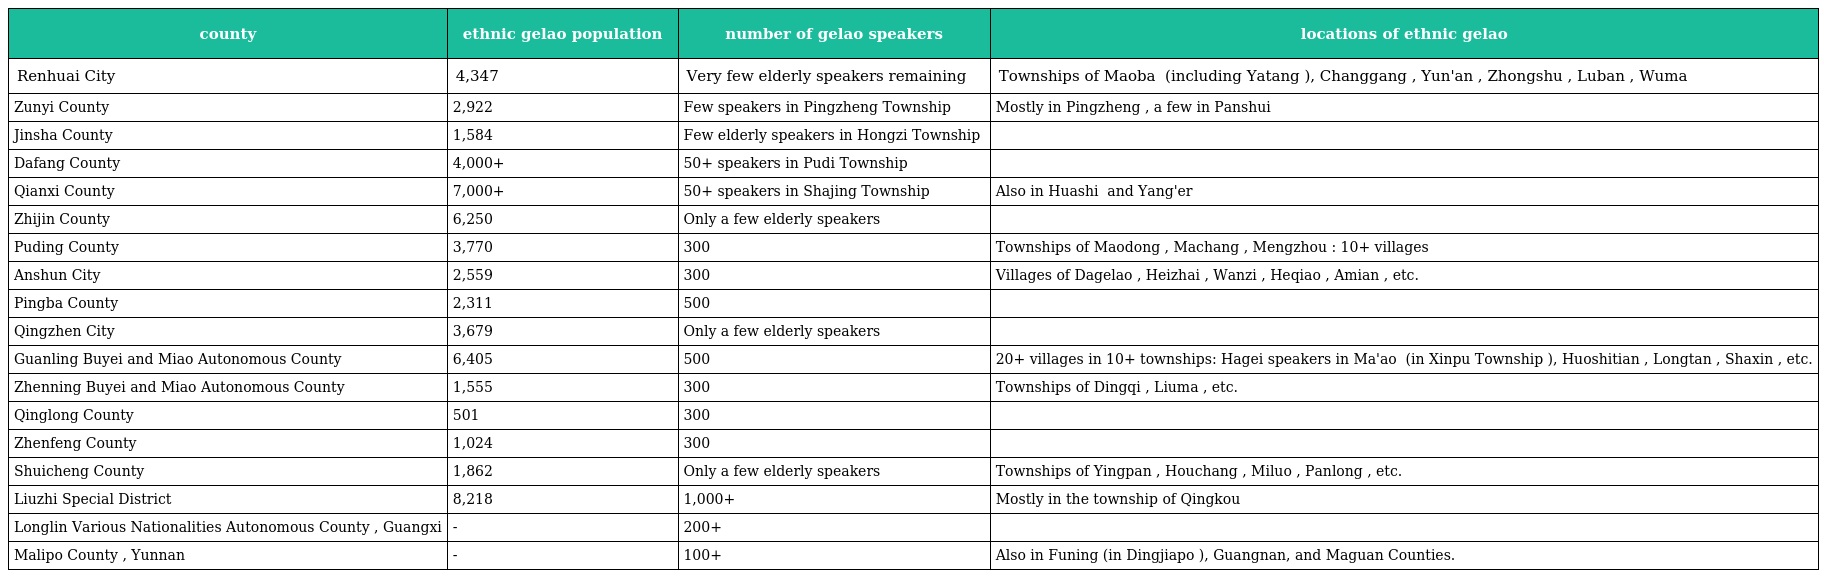
| county | ethnic gelao population | number of gelao speakers | locations of ethnic gelao |
 | --- | --- | --- | --- |
 | Renhuai City | 4,347 | Very few elderly speakers remaining | Townships of Maoba 茅坝 (including Yatang 哑塘), Changgang 长岗, Yun'an 云安, Zhongshu 中枢, Luban 鲁班, Wuma 五马 |
 | Zunyi County | 2,922 | Few speakers in Pingzheng Township 平正乡 | Mostly in Pingzheng 平正乡, a few in Panshui 泮水乡 |
 | Jinsha County | 1,584 | Few elderly speakers in Hongzi Township 红梓乡 |  |
 | Dafang County | 4,000+ | 50+ speakers in Pudi Township 普底乡 |  |
 | Qianxi County | 7,000+ | 50+ speakers in Shajing Township 沙井乡 | Also in Huashi 化石 and Yang'er 羊耳 |
 | Zhijin County | 6,250 | Only a few elderly speakers |  |
 | Puding County | 3,770 | 300 | Townships of Maodong 猫洞, Machang 马场, Mengzhou 猛舟: 10+ villages |
 | Anshun City | 2,559 | 300 | Villages of Dagelao 大仡佬, Heizhai 黑寨, Wanzi 湾子寨, Heqiao 河桥, Amian 阿棉寨, etc. |
 | Pingba County | 2,311 | 500 |  |
 | Qingzhen City | 3,679 | Only a few elderly speakers |  |
 | Guanling Buyei and Miao Autonomous County | 6,405 | 500 | 20+ villages in 10+ townships: Hagei speakers in Ma'ao 麻垇 (in Xinpu Township 新铺乡), Huoshitian 火石田, Longtan 龙潭, Shaxin 沙心, etc. |
 | Zhenning Buyei and Miao Autonomous County | 1,555 | 300 | Townships of Dingqi 丁旗, Liuma 六马, etc. |
 | Qinglong County | 501 | 300 |  |
 | Zhenfeng County | 1,024 | 300 |  |
 | Shuicheng County | 1,862 | Only a few elderly speakers | Townships of Yingpan 营盘, Houchang 猴场, Miluo 米箩, Panlong 蟠龙, etc. |
 | Liuzhi Special District | 8,218 | 1,000+ | Mostly in the township of Qingkou 箐口 |
 | Longlin Various Nationalities Autonomous County , Guangxi | - | 200+ |  |
 | Malipo County , Yunnan | - | 100+ | Also in Funing (in Dingjiapo 丁家坡), Guangnan, and Maguan Counties. |